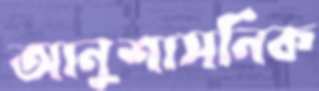
আনুশাসনিক